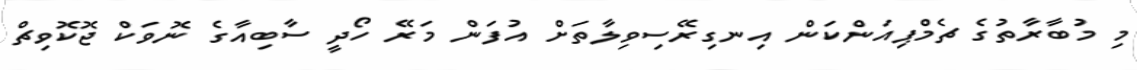
މި މުބާރާތުގެ ޗެމްޕިއަންކަން އިނގިރޭސިވިލާތަށް އުފަން މަރޭ ހޯދީ ސާބިއާގެ ނޮވަކް ޖޮކޮވިޗް